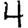
Digit: 4